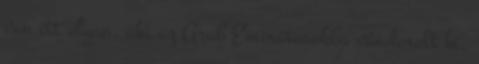
van itt olyan, aki az Arab Emirátusokba vándorolt ki.